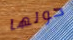
حولها